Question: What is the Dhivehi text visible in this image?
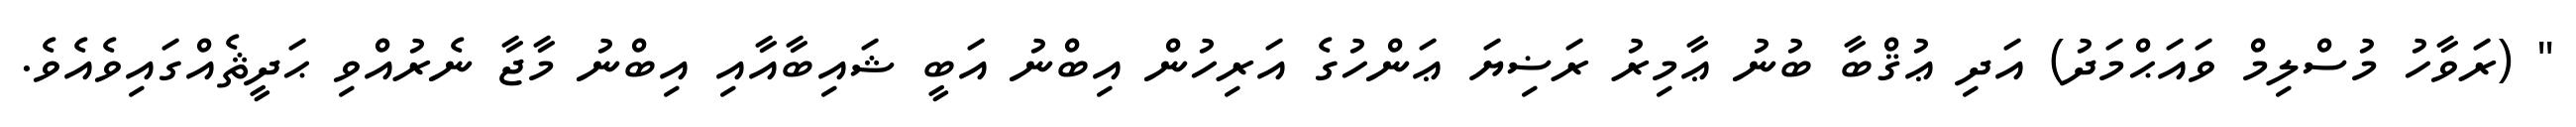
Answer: " (ރަވާހު މުސްލިމް ވައަޙްމަދު) އަދި ޢުޤްބާ ބުނު ޢާމިރު ރަޟިޔަ ޢަންހުގެ އަރިހުން އިބްނު އަބީ ޝައިބާއާއި އިބްނު މާޖާ ނެރުއްވި ޙަދީޘެއްގައިވެއެވެ.